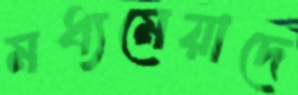
মধ্যমেয়াদে